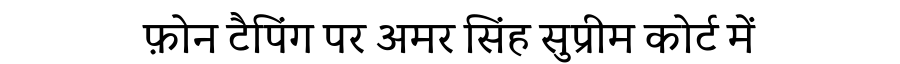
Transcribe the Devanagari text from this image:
फ़ोन टैपिंग पर अमर सिंह सुप्रीम कोर्ट में